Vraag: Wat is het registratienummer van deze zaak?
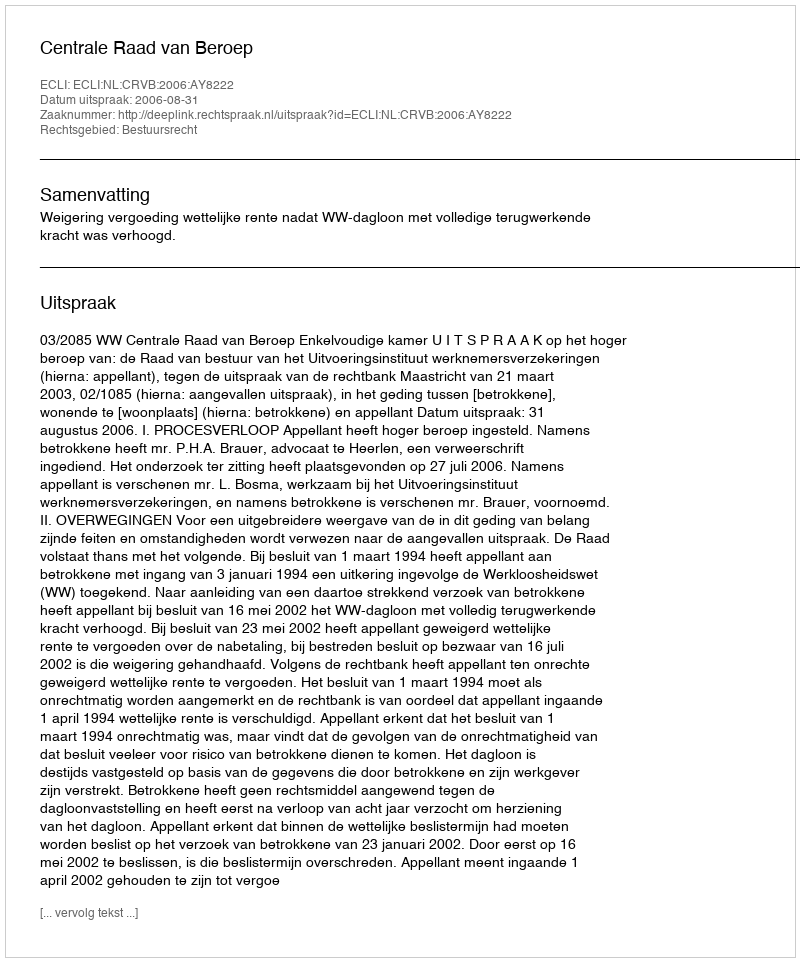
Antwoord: http://deeplink.rechtspraak.nl/uitspraak?id=ECLI:NL:CRVB:2006:AY8222